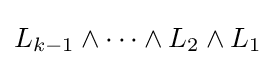
L_{k-1}\wedge \cdots \wedge L_{2}\wedge L_{1}